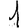
Digit: 1